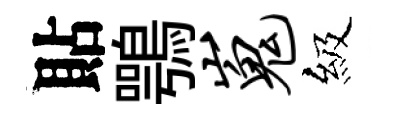
貼鶚嵬級